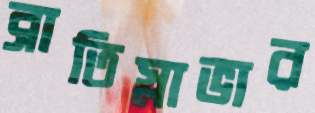
ব্রাতিস্লাভার